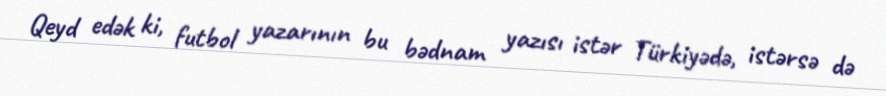
Qeyd edək ki, futbol yazarının bu bədnam yazısı istər Türkiyədə, istərsə də